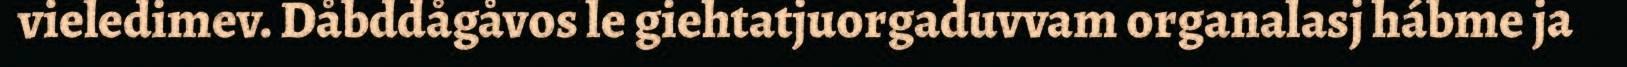
vieledimev. Dåbddågåvos le giehtatjuorgaduvvam organalasj hábme ja